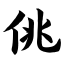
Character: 佻